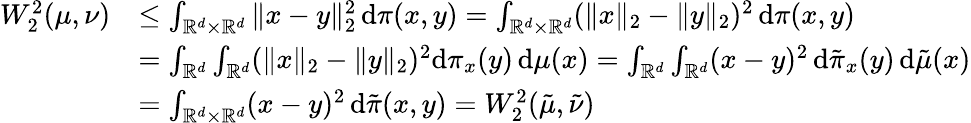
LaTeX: \begin{array}{rl}{W_{2}^{2}(\mu,\nu)}&{\leq\int_{\mathbb{R}^{d}\times\mathbb{R}^{d}}\| x-y\| _{2}^{2}\, \mathrm{d}\pi(x,y)=\int_{\mathbb{R}^{d}\times\mathbb{R}^{d}}(\| x\| _{2}-\| y\| _{2})^{2}\, \mathrm{d}\pi(x,y)}\\ &{=\int_{\mathbb{R}^{d}}\int_{\mathbb{R}^{d}}(\| x\| _{2}-\| y\| _{2})^{2}\mathrm{d}\pi_{x}(y)\, \mathrm{d}\mu(x)=\int_{\mathbb{R}^{d}}\int_{\mathbb{R}^{d}}(x-y)^{2}\, \mathrm{d}\tilde{\pi}_{x}(y)\, \mathrm{d}\tilde{\mu}(x)}\\ &{=\int_{\mathbb{R}^{d}\times\mathbb{R}^{d}}(x-y)^{2}\, \mathrm{d}\tilde{\pi}(x,y)=W_{2}^{2}(\tilde{\mu},\tilde{\nu})}\end{array}